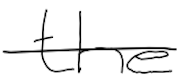
Text: the
Cross-out: single-line
Writing tool: digital_black